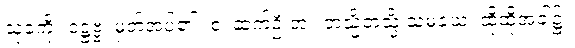
သုခကို။ ဒဋ္ဌဗ္ဗံ၊ မှတ်အပ်၏။ စ၊ ဆက်ဦးအံ့။ တသ္မိံတသ္မိံ သမယေ၊ ထိုထိုအခါ၌။